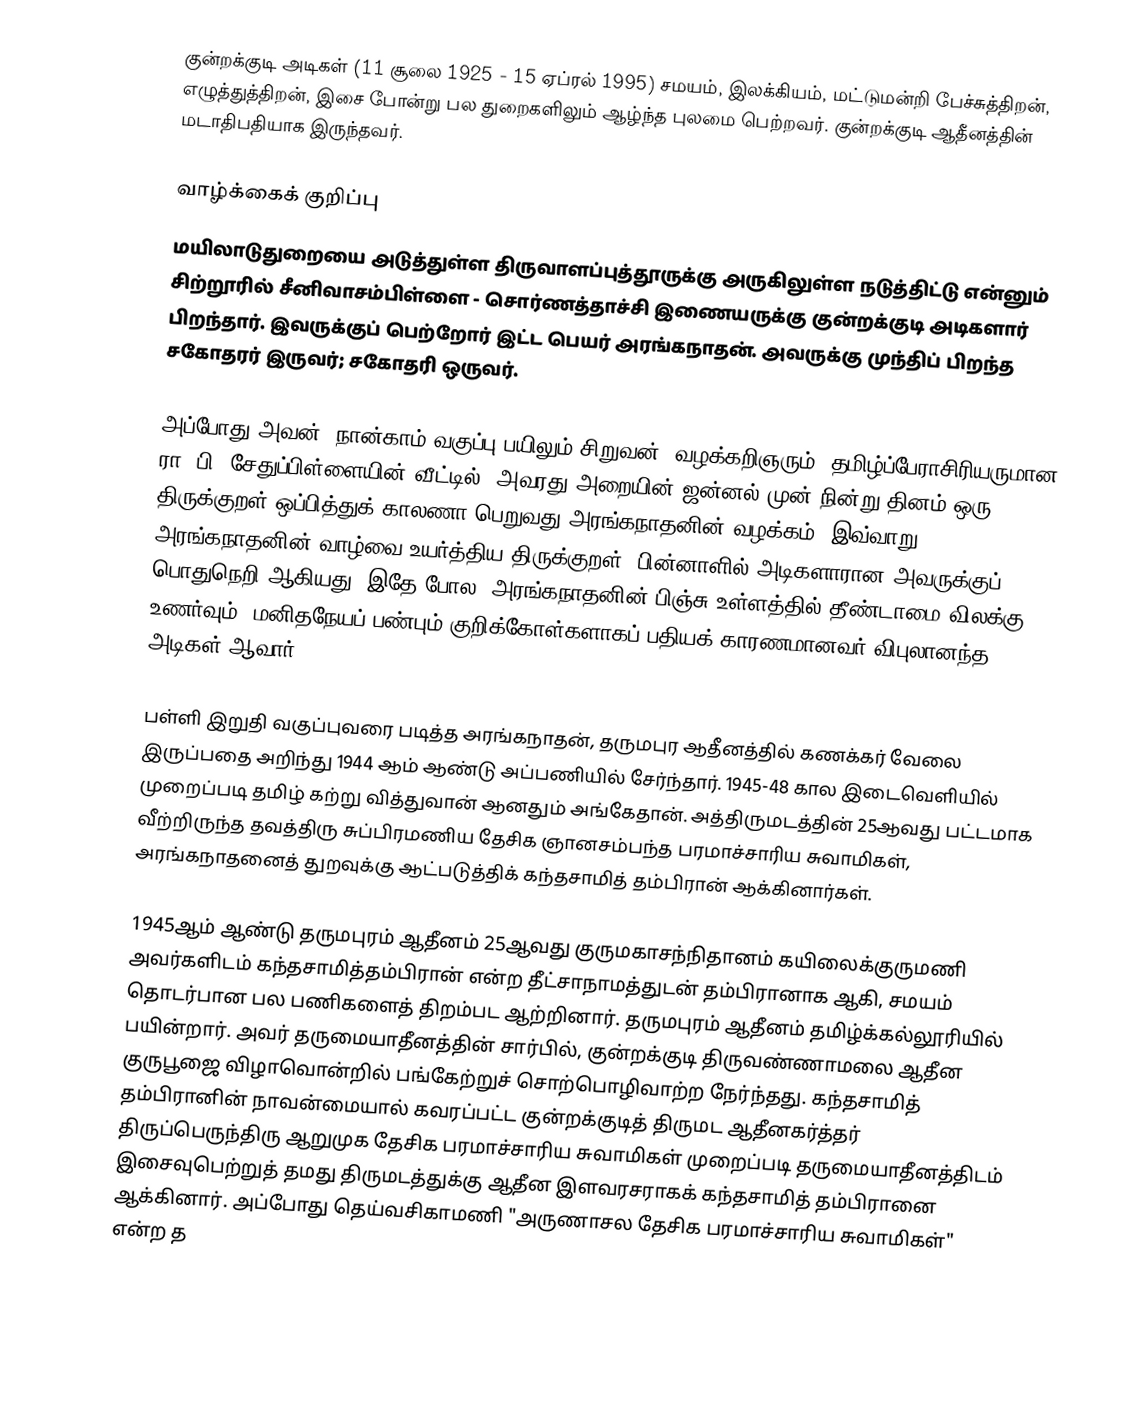
குன்றக்குடி அடிகள் (11 சூலை 1925 - 15 ஏப்ரல் 1995) சமயம், இலக்கியம், மட்டுமன்றி பேச்சுத்திறன், எழுத்துத்திறன், இசை போன்று பல துறைகளிலும் ஆழ்ந்த புலமை பெற்றவர். குன்றக்குடி ஆதீனத்தின் மடாதிபதியாக இருந்தவர்.

வாழ்க்கைக் குறிப்பு
மயிலாடுதுறையை அடுத்துள்ள திருவாளப்புத்தூருக்கு அருகிலுள்ள நடுத்திட்டு என்னும் சிற்றூரில் சீனிவாசம்பிள்ளை - சொர்ணத்தாச்சி இணையருக்கு  குன்றக்குடி அடிகளார் பிறந்தார். இவருக்குப் பெற்றோர் இட்ட பெயர் அரங்கநாதன். அவருக்கு முந்திப் பிறந்த சகோதரர் இருவர்; சகோதரி ஒருவர்.

அப்போது அவன், நான்காம் வகுப்பு பயிலும் சிறுவன். வழக்கறிஞரும், தமிழ்ப்பேராசிரியருமான ரா. பி. சேதுப்பிள்ளையின் வீட்டில், அவரது அறையின் ஜன்னல் முன் நின்று தினம் ஒரு திருக்குறள் ஒப்பித்துக் காலணா பெறுவது அரங்கநாதனின் வழக்கம். இவ்வாறு அரங்கநாதனின் வாழ்வை உயர்த்திய திருக்குறள், பின்னாளில் அடிகளாரான அவருக்குப் பொதுநெறி ஆகியது. இதே போல, அரங்கநாதனின் பிஞ்சு உள்ளத்தில் தீண்டாமை விலக்கு உணர்வும், மனிதநேயப் பண்பும் குறிக்கோள்களாகப் பதியக் காரணமானவர் விபுலானந்த அடிகள் ஆவார்.

பள்ளி இறுதி வகுப்புவரை படித்த அரங்கநாதன், தருமபுர ஆதீனத்தில் கணக்கர் வேலை இருப்பதை அறிந்து 1944 ஆம் ஆண்டு அப்பணியில் சேர்ந்தார். 1945-48 கால இடைவெளியில் முறைப்படி தமிழ் கற்று வித்துவான் ஆனதும் அங்கேதான். அத்திருமடத்தின் 25ஆவது பட்டமாக வீற்றிருந்த தவத்திரு சுப்பிரமணிய தேசிக ஞானசம்பந்த பரமாச்சாரிய சுவாமிகள், அரங்கநாதனைத் துறவுக்கு ஆட்படுத்திக் கந்தசாமித் தம்பிரான் ஆக்கினார்கள்.

1945ஆம் ஆண்டு தருமபுரம் ஆதீனம் 25ஆவது குருமகாசந்நிதானம் கயிலைக்குருமணி அவர்களிடம் கந்தசாமித்தம்பிரான் என்ற தீட்சாநாமத்துடன் தம்பிரானாக ஆகி, சமயம் தொடர்பான பல பணிகளைத் திறம்பட ஆற்றினார். தருமபுரம் ஆதீனம் தமிழ்க்கல்லூரியில் பயின்றார். அவர் தருமையாதீனத்தின் சார்பில், குன்றக்குடி திருவண்ணாமலை ஆதீன குருபூஜை விழாவொன்றில் பங்கேற்றுச் சொற்பொழிவாற்ற நேர்ந்தது. கந்தசாமித் தம்பிரானின் நாவன்மையால் கவரப்பட்ட குன்றக்குடித் திருமட ஆதீனகர்த்தர் திருப்பெருந்திரு ஆறுமுக தேசிக பரமாச்சாரிய சுவாமிகள் முறைப்படி தருமையாதீனத்திடம் இசைவுபெற்றுத் தமது திருமடத்துக்கு ஆதீன இளவரசராகக் கந்தசாமித் தம்பிரானை ஆக்கினார். அப்போது தெய்வசிகாமணி "அருணாசல தேசிக பரமாச்சாரிய சுவாமிகள்" என்ற த